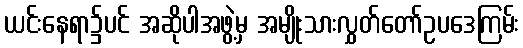
ယင်းနေရာ၌ပင် အဆိုပါအဖွဲ့မှ အမျိုးသားလွှတ်တော်ဥပဒေကြမ်း